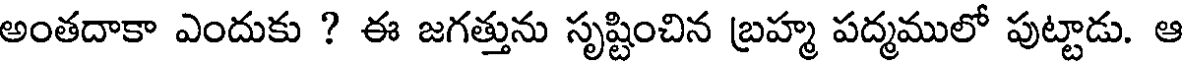
అంతదాకా ఎందుకు ? ఈ జగత్తును సృష్టించిన బ్రహ్మ పద్మములో పుట్టాడు. ఆ